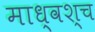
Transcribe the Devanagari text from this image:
माध्वश्च